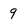
Character: 9